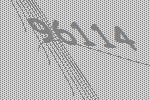
96114